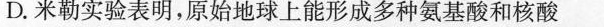
D.米勒实验表明，原始地球上能形成多种氨基酸和核酸